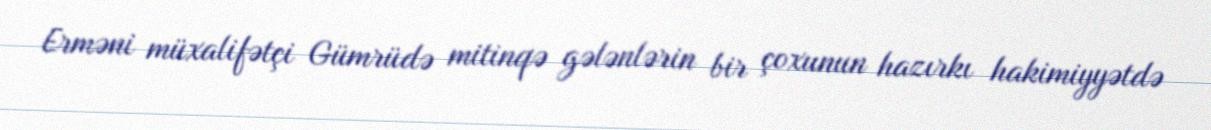
Erməni müxalifətçi Gümrüdə mitinqə gələnlərin bir çoxunun hazırkı hakimiyyətdə